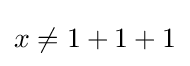
\,\!x\neq 1+1+1